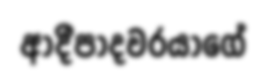
ආදීපාදවරයාගේ